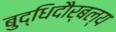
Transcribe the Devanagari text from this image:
बुद्धिदौर्बल्य